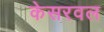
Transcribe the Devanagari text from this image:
केसरवल